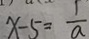
x - 5 = \frac { 1 } { a }